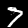
Label: 7